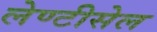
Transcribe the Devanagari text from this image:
लेण्टीसेल